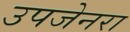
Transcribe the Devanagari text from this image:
उपजेनरा